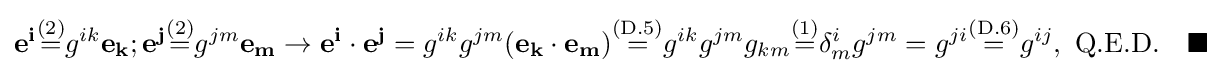
\mathbf {e^{i}} {\stackrel {\text{(2)}}{=}}g^{ik}\mathbf {e_{k}} ;\mathbf {e^{j}} {\stackrel {\text{(2)}}{=}}g^{jm}\mathbf {e_{m}} \to \mathbf {e^{i}} \cdot \mathbf {e^{j}} =g^{ik}g^{jm}(\mathbf {e_{k}} \cdot \mathbf {e_{m}} ){\stackrel {\text{(D.5)}}{=}}g^{ik}g^{jm}g_{km}{\stackrel {\text{(1)}}{=}}\delta _{m}^{i}g^{jm}=g^{ji}{\stackrel {\text{(D.6)}}{=}}g^{ij},\ {\text{Q.E.D.}}\quad \blacksquare